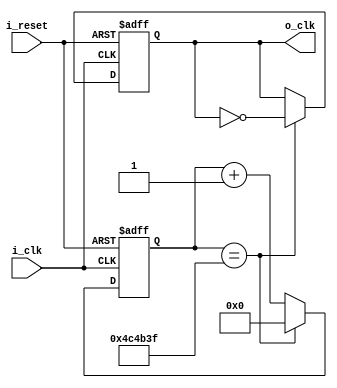
module ClockDivider_Data(
    input i_clk,
    input i_reset,
    output o_clk
    );

    reg r_clk = 0;
    reg [31:0] r_counter = 0;
    assign o_clk = r_clk;

    always @(posedge i_clk or posedge i_reset) begin
        if(i_reset) begin
            r_clk <= 0;
            r_counter <= 0;
        end
        else begin
            if(r_counter == 5_000_000 -1) begin
                r_counter <= 0;
                r_clk <= ~r_clk;
            end
            else begin
                r_counter <= r_counter + 1;
            end
        end
    end
endmodule